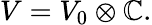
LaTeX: V=V_{0}\otimes\mathbb{C}.